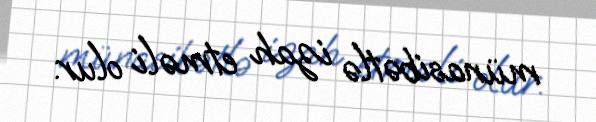
münasibətlə izah etməli olur.